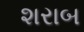
શરાબ